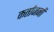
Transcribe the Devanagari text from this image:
कर्ताजनों